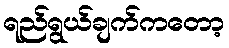
ရည်ရွယ်ချက်ကတော့